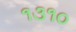
૧૩૧૦